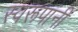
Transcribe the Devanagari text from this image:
स्वरूपांनी